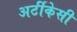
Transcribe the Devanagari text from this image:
अर्टीकेसी